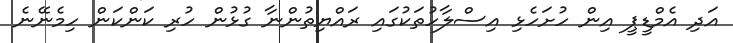
އަދި އެމްޑީޕީ އިން ހުށަހެޅި އިސްލާހުތަކުގައި ރައްޔިތުންނާ ގުޅުން ހުރި ކަންކަން ހިމެނޭނެ